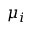
\mu _ { i }